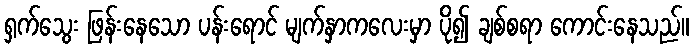
ရှက်သွေး ဖြန်းနေသော ပန်းရောင် မျက်နှာကလေးမှာ ပို၍ ချစ်စရာ ကောင်းနေသည်။